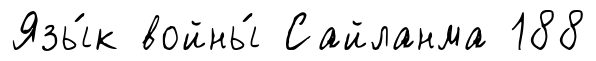
Язы́к войны́ Сайланма 188